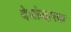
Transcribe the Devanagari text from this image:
देशोद्धारक